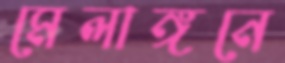
মেলাঙ্গনে